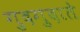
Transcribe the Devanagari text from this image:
गुदगुदाते